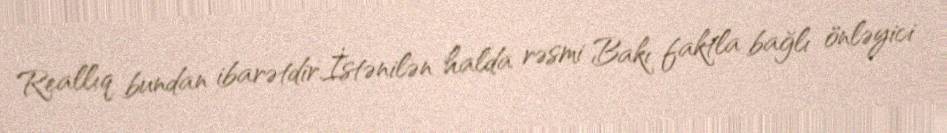
Reallıq bundan ibarətdir.İstənilən halda rəsmi Bakı faktla bağlı önləyici